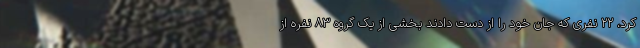
کرد، ۲۲ نفری که جان خود را از دست دادند بخشی از یک گروه ۸۳ نفره از